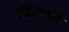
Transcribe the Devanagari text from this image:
चित्याने